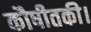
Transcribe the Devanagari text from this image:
कौषीतकी।